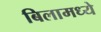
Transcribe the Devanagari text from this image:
बिलामध्ये